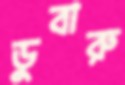
ডুবারু